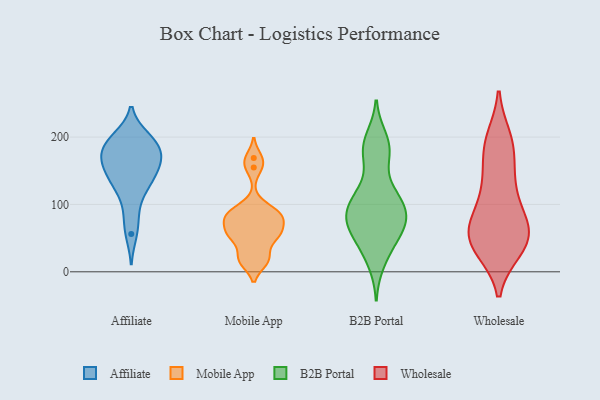
{"axis": {"x": "Churn Rate (%)", "y": "Value"}, "legend": ["Affiliate", "B2B Portal", "Mobile App", "Wholesale"], "data": [{"x": "", "y": 197, "type": "Affiliate"}, {"x": "", "y": 171, "type": "Affiliate"}, {"x": "", "y": 200, "type": "Affiliate"}, {"x": "", "y": 173, "type": "Affiliate"}, {"x": "", "y": 184, "type": "Affiliate"}, {"x": "", "y": 82, "type": "Affiliate"}, {"x": "", "y": 114, "type": "Affiliate"}, {"x": "", "y": 136, "type": "Affiliate"}, {"x": "", "y": 170, "type": "Affiliate"}, {"x": "", "y": 56, "type": "Affiliate"}, {"x": "", "y": 144, "type": "Affiliate"}, {"x": "", "y": 166, "type": "Affiliate"}, {"x": "", "y": 151, "type": "Affiliate"}, {"x": "", "y": 196, "type": "Affiliate"}, {"x": "", "y": 131, "type": "Affiliate"}, {"x": "", "y": 61, "type": "Mobile App"}, {"x": "", "y": 97, "type": "Mobile App"}, {"x": "", "y": 15, "type": "Mobile App"}, {"x": "", "y": 155, "type": "Mobile App"}, {"x": "", "y": 56, "type": "Mobile App"}, {"x": "", "y": 78, "type": "Mobile App"}, {"x": "", "y": 169, "type": "Mobile App"}, {"x": "", "y": 84, "type": "Mobile App"}, {"x": "", "y": 80, "type": "Mobile App"}, {"x": "", "y": 85, "type": "Mobile App"}, {"x": "", "y": 15, "type": "Mobile App"}, {"x": "", "y": 29, "type": "Mobile App"}, {"x": "", "y": 54, "type": "Mobile App"}, {"x": "", "y": 53, "type": "Mobile App"}, {"x": "", "y": 114, "type": "B2B Portal"}, {"x": "", "y": 68, "type": "B2B Portal"}, {"x": "", "y": 69, "type": "B2B Portal"}, {"x": "", "y": 38, "type": "B2B Portal"}, {"x": "", "y": 199, "type": "B2B Portal"}, {"x": "", "y": 43, "type": "B2B Portal"}, {"x": "", "y": 68, "type": "B2B Portal"}, {"x": "", "y": 76, "type": "B2B Portal"}, {"x": "", "y": 107, "type": "B2B Portal"}, {"x": "", "y": 85, "type": "B2B Portal"}, {"x": "", "y": 103, "type": "B2B Portal"}, {"x": "", "y": 85, "type": "B2B Portal"}, {"x": "", "y": 187, "type": "B2B Portal"}, {"x": "", "y": 13, "type": "B2B Portal"}, {"x": "", "y": 117, "type": "B2B Portal"}, {"x": "", "y": 170, "type": "B2B Portal"}, {"x": "", "y": 178, "type": "B2B Portal"}, {"x": "", "y": 35, "type": "Wholesale"}, {"x": "", "y": 53, "type": "Wholesale"}, {"x": "", "y": 33, "type": "Wholesale"}, {"x": "", "y": 185, "type": "Wholesale"}, {"x": "", "y": 104, "type": "Wholesale"}, {"x": "", "y": 61, "type": "Wholesale"}, {"x": "", "y": 146, "type": "Wholesale"}, {"x": "", "y": 36, "type": "Wholesale"}, {"x": "", "y": 182, "type": "Wholesale"}, {"x": "", "y": 198, "type": "Wholesale"}, {"x": "", "y": 62, "type": "Wholesale"}, {"x": "", "y": 195, "type": "Wholesale"}, {"x": "", "y": 70, "type": "Wholesale"}, {"x": "", "y": 34, "type": "Wholesale"}, {"x": "", "y": 124, "type": "Wholesale"}, {"x": "", "y": 135, "type": "Wholesale"}, {"x": "", "y": 84, "type": "Wholesale"}, {"x": "", "y": 70, "type": "Wholesale"}, {"x": "", "y": 53, "type": "Wholesale"}]}